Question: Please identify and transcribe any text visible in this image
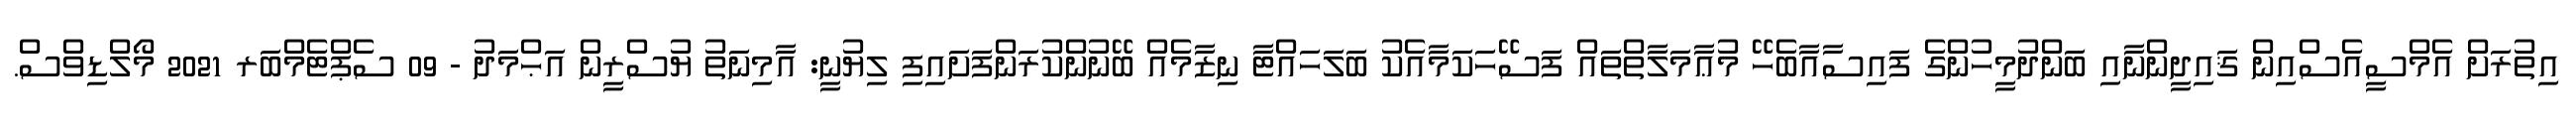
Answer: އިތުރަށް އެމްސީއެސްއިން ޤައިދީންނާއި ބަންދުމީހުންގެ ފައިސާއާބެހޭ މުޢާމަލާތްތައް ފަސޭހަކަމާއެކު ބަލަހައްޓާ ނިޒާމެއް ބޭނުންކުރަންފަށައިފި ލިޔުނީ: އާމިނަތު ޔުސްރީން އަޙްމަދު - 09 ސެޕްޓެމްބަރ 2021 މޯލްޑިވްސް.